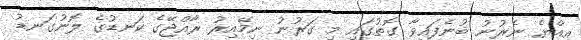
އިއްޔެ ނެރުނު ބުނެފައިވާ ގޮތުގައި މި ގަރުނު ނިމޭއިރު ރާއްޖޭގެ ކަނޑުގެ ލޮނުގަނޑު